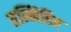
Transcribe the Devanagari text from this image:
तन्निहित